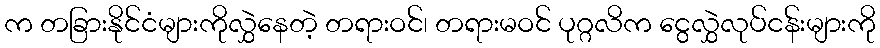
က တခြားနိုင်ငံများကိုလွှဲနေတဲ့ တရားဝင်၊ တရားမဝင် ပုဂ္ဂလိက ငွေလွှဲလုပ်ငန်းများကို